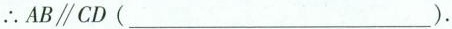
∴AB\xlongequal CD(___).